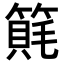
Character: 𥲨